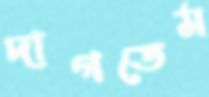
দাগতেম